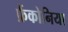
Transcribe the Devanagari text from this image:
फ्रैंकोनिया